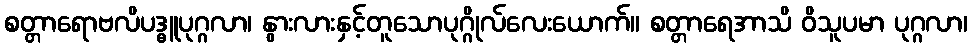
စတ္တာရောဗလိပဒ္ဓူပုဂ္ဂလာ၊ နွားလားနှင့်တူသောပုဂ္ဂိုလ်လေးယောက်။ စတ္တာရေအာသိ ဝိသူပမာ ပုဂ္ဂလာ၊